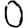
Digit: 0